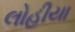
લોહીયા